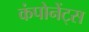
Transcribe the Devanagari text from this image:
कंपोनेंट्स